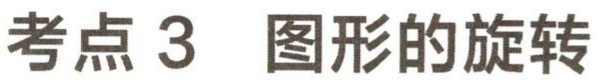
考点 3 图形的旋转